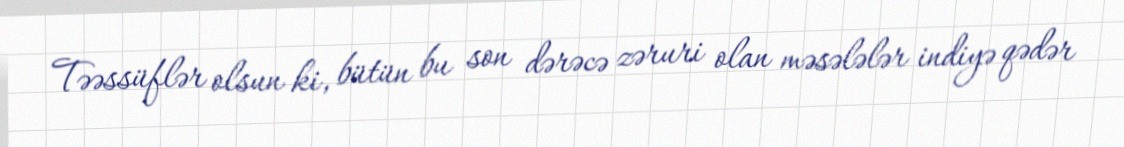
Təəssüflər olsun ki, bütün bu son dərəcə zəruri olan məsələlər indiyə qədər